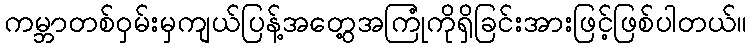
ကမ္ဘာတစ်ဝှမ်းမှကျယ်ပြန့်အတွေ့အကြုံကိုရှိခြင်းအားဖြင့်ဖြစ်ပါတယ်။